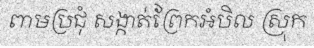
ពាមប្រជុំ សង្កាត់ព្រែកអំបិល ស្រុក